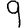
Digit: 9